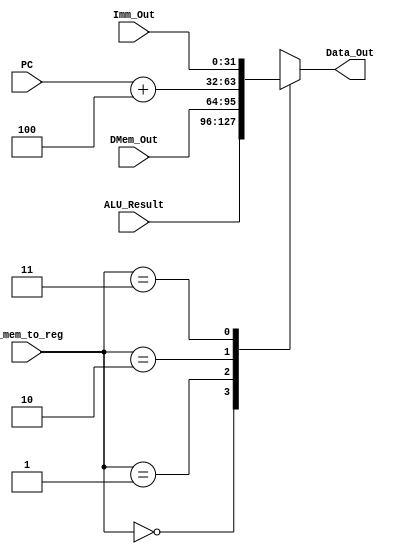
module WB_Mux(
    input [1:0] s_mem_to_reg,
    input [31:0] DMem_Out,
    input [31:0] ALU_Result,
    input [31:0] PC,
    input [31:0] Imm_Out,
    output reg [31:0] Data_Out=0
);

always@(*)begin
    case(s_mem_to_reg)
        2'b00:Data_Out<=ALU_Result;
        2'b01:Data_Out<=DMem_Out;
        2'b10:Data_Out<=PC+4;
        2'b11:Data_Out<=Imm_Out;
    endcase
end

endmodule